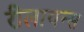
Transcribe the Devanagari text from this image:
रीलायन्स